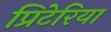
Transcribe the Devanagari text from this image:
प्रिटेरिया